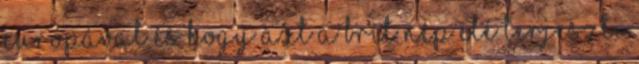
Európával és hogy azt a brit nép elé terjeszti